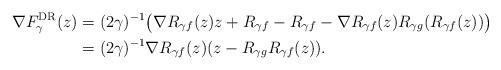
LaTeX: \begin{align*}\nabla F_{\gamma}^{\rm{DR}}(z)&=(2\gamma)^{-1}\big(\nabla R_{\gamma f}(z)z+R_{\gamma f}-R_{\gamma f}-\nabla R_{\gamma f}(z)R_{\gamma g}(R_{\gamma f}(z))\big)\\&=(2\gamma)^{-1}\nabla R_{\gamma f}(z)(z-R_{\gamma g}R_{\gamma f}(z)).\end{align*}